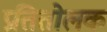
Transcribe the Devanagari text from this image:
प्रतितोलक